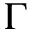
\Gamma